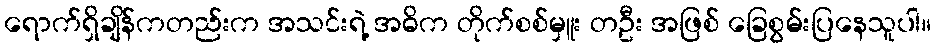
ရောက်ရှိချိန်ကတည်းက အသင်းရဲ့ အဓိက တိုက်စစ်မှူး တဦး အဖြစ် ခြေစွမ်းပြနေသူပါ။